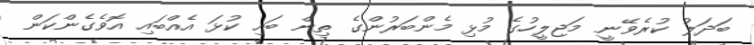
ބަދަލު ކުރެވޭނީ މަޖިލީހުގެ މުޅި މެންބަރުންގެ ތިން ބައި ކުޅަ އެއްބައި އޮވެގެންކަން